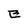
Character: E